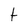
Character: t